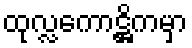
ထုလ္လကောဋ္ဌိကမှာ